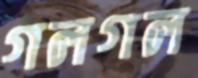
গলগল